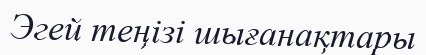
Эгей теңізі шығанақтары